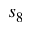
s _ { 8 }